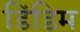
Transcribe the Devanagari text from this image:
डिंडिम